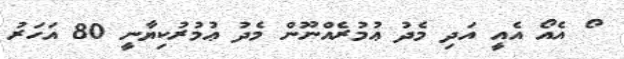
ޯ އެއޯ އެއީ އަދި މެދު ޢުމުރެއްނޫން މެދު ޢުމުރުކިޔާނީ 80 އަހަރު